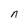
Character: n